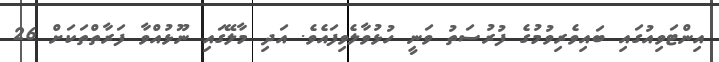
އިންޓަވިއުގައި ބައިވެރިވުމުގެ ފުރުސަތު ވަނީ ހުޅުވާލެވިފައެވެ. އަދި މާލޭގައި ނޫޅުއްވާ ފަރާތްތަކަށް 26